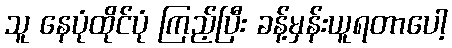
သူ နေပုံထိုင်ပုံ ကြည့်ပြီး ခန့်မှန်းယူရတာပေါ့